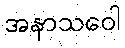
အနာသဝေါ